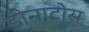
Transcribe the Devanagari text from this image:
डोनाटोस